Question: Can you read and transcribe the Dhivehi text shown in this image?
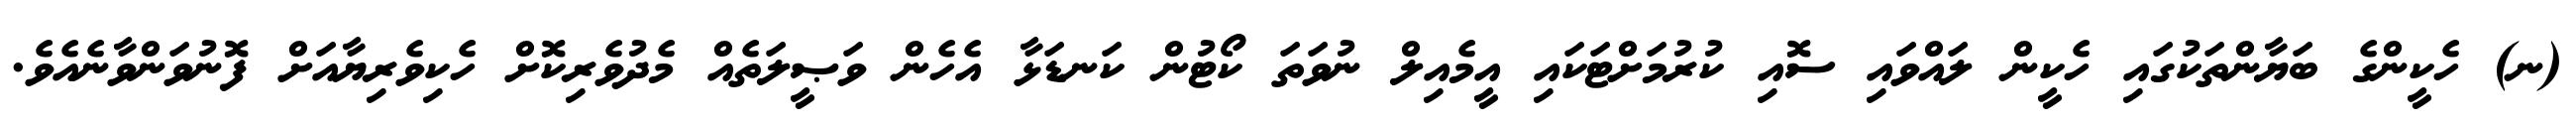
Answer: (ނ) ހެކީންގެ ބަޔާންތަކުގައި ހެކީން ލައްވައި ސޮއި ކުރުމަށްޓަކައި އީމެއިލް ނުވަތަ ކޯޓުން ކަނޑަޅާ އެހެން ވަޞީލަތެއް މެދުވެރިކޮށް ހެކިވެރިޔާއަށް ފޮނުވަންވާނެއެވެ.